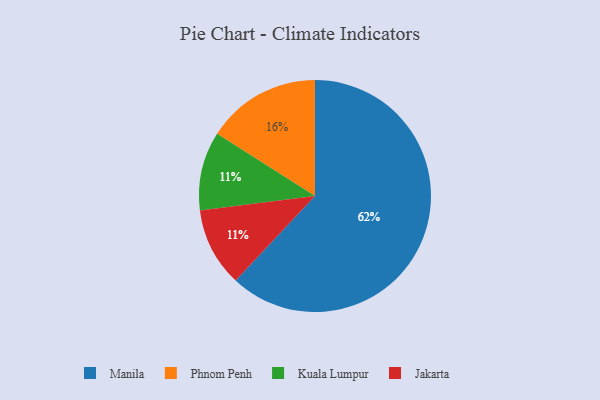
{"axis": {"x": "Category", "y": "Percentage"}, "legend": ["Jakarta", "Kuala Lumpur", "Manila", "Phnom Penh"], "data": [{"x": "Manila", "y": 62, "type": "Manila"}, {"x": "Kuala Lumpur", "y": 11, "type": "Kuala Lumpur"}, {"x": "Phnom Penh", "y": 16, "type": "Phnom Penh"}, {"x": "Jakarta", "y": 11, "type": "Jakarta"}]}